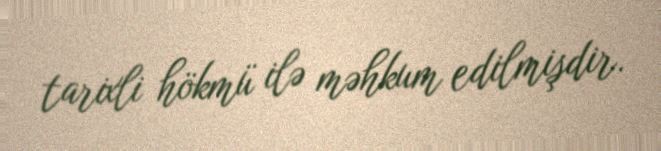
tarixli hökmü ilə məhkum edilmişdir.